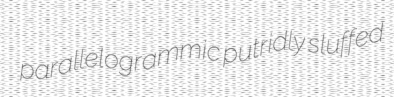
parallelogrammic putridly sluffed